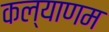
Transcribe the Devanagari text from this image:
कल्‍याणम